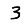
Digit: 3